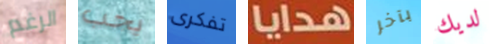
الرغم يجب تفكرى هدايا بآخر لديك